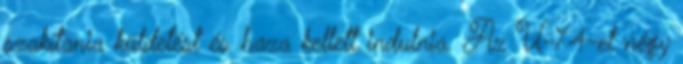
szakítania küldetést és haza kellett indulnia. Az U-74-et négy